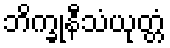
ဘိက္ခုနီသံယုတ္တံ